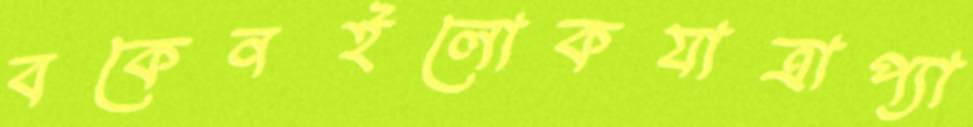
বকেনইলোকযাত্রাপ্যা